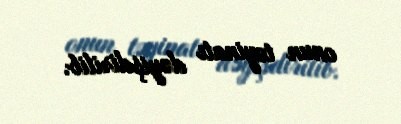
onun təyinatı dəyişdirilib.